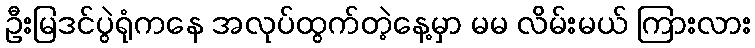
ဦးမြဒင်ပွဲရုံကနေ အလုပ်ထွက်တဲ့နေ့မှာ မမ လိမ်းမယ် ကြားလား